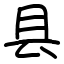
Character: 县